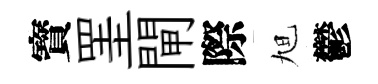
寳罣閘際旭鬱